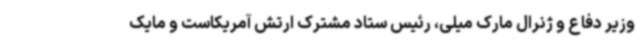
وزیر دفاع و ژنرال مارک میلی، رئیس ستاد مشترک ارتش آمریکاست و مایک